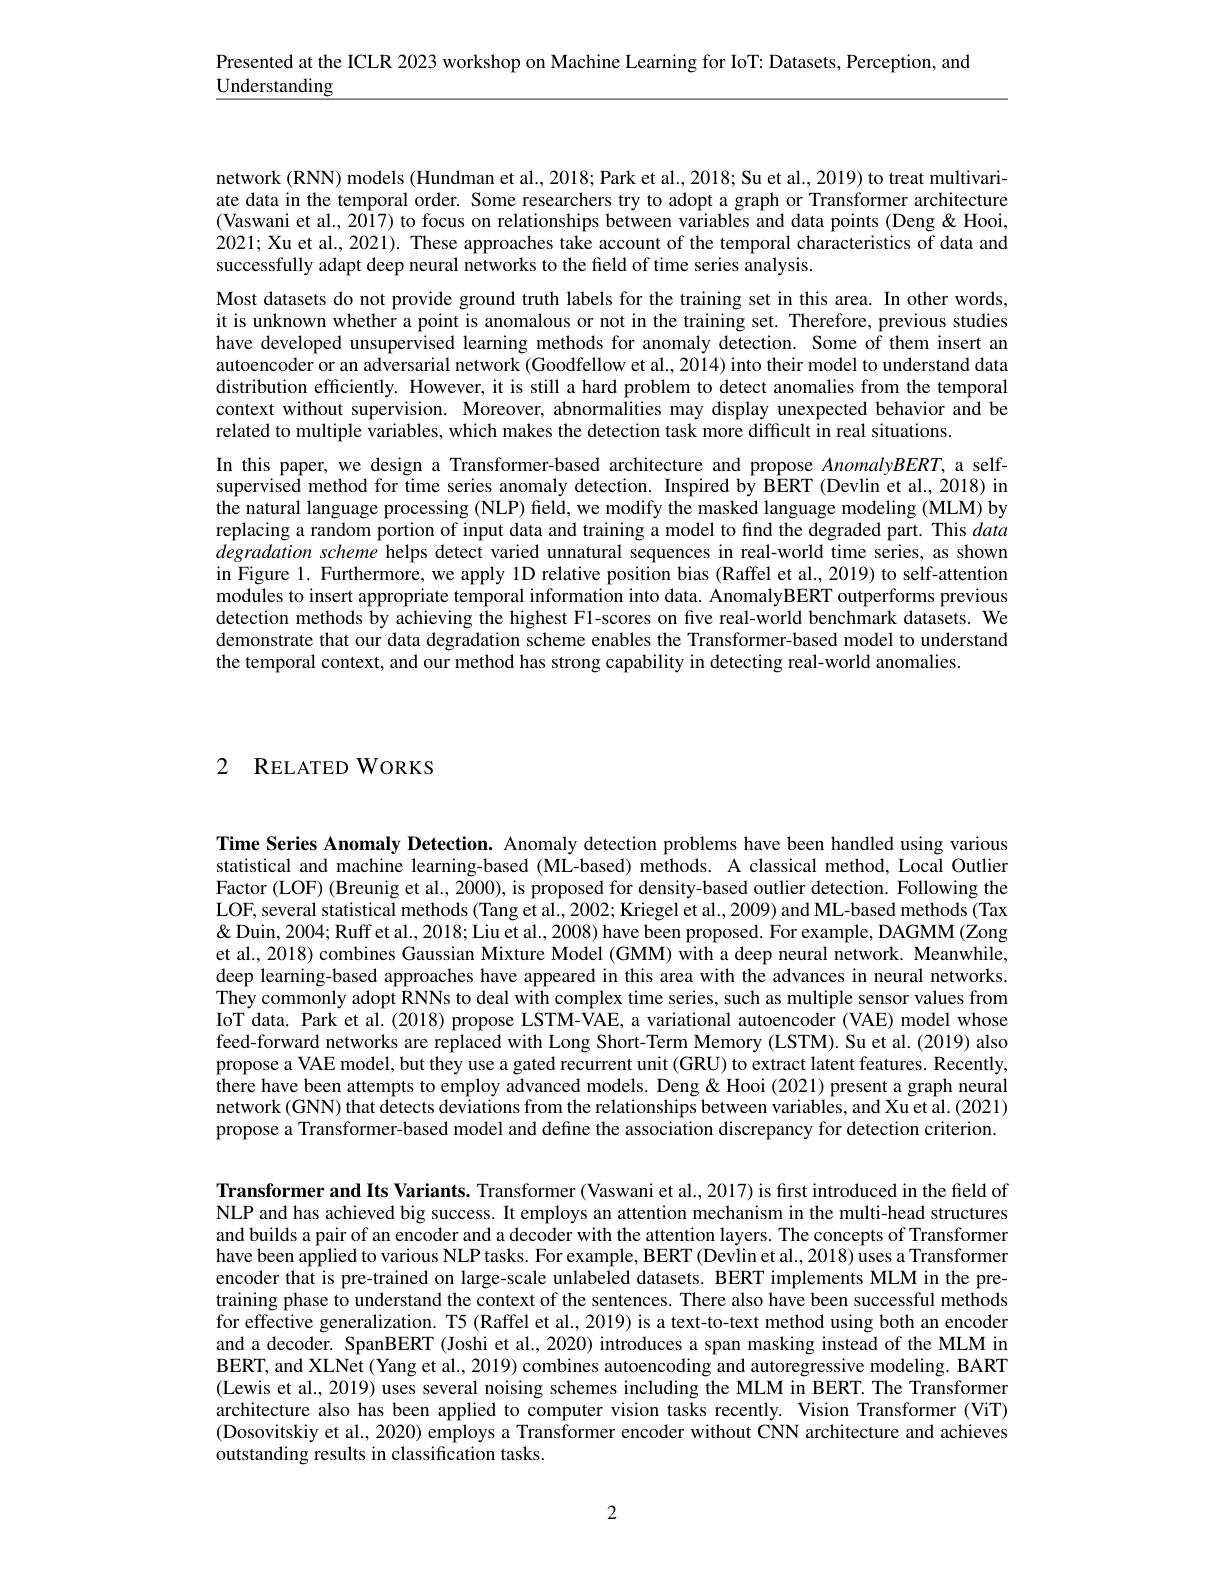
Presented at the ICLR 2023 workshop on Machine Learning for IoT: Datasets, Perception, and
$\underline{\text{Understanding}}$

network (RNN) models (Hundman et al., 2018; Park et al., 2018; Su et al., 2019) to treat multivariate data in the temporal order. Some researchers try to adopt a graph or Transformer architecture (Vaswani et al., 2017) to focus on relationships between variables and data points (Deng & Hooi, 2021; Xu et al., 2021). These approaches take account of the temporal characteristics of data and successfully adapt deep neural networks to the field of time series analysis.

Most datasets do not provide ground truth labels for the training set in this area. In other words, it is unknown whether a point is anomalous or not in the training set. Therefore, previous studies have developed unsupervised learning methods for anomaly detection. Some of them insert an autoencoder or an adversarial network (Goodfellow et al., 2014) into their model to understand data distribution efficiently. However, it is still a hard problem to detect anomalies from the temporal context without supervision. Moreover, abnormalities may display unexpected behavior and be related to multiple variables, which makes the detection task more difficult in real situations.
In this paper, we design a Transformer-based architecture and propose $AnomalyBERT$, a selfsupervised method for time series anomaly detection. Inspired by BÉRT (Devlin et al.2018) in the natural language processing (NLP) field, we modify the masked language modeling (MLM) by replacing a random portion of input data and training a model to find the degraded part. This data degradation scheme helps detect varied unnatural sequences in real-world time series, as shown in Figure 1. Furthermore, we apply 1D relative position bias (Raffel et al., 2019) to self-attention modules to insert appropriate temporal information into data. AnomalyBERT outperforms previous detection methods by achieving the highest Fl-scores on five real-world benchmark datasets. We demonstrate that our data degradation scheme enables the Transformer-based model to understand the temporal context, and our method has strong capability in detecting real-world anomalies.

2 $\mathbf{R}$ELATED WORKS

Time Series Anomaly Detection. Anomaly detection problems have been handled using various statistical and machine learning-based (ML-based) methods. A classical method, Local Outlier Factor (LOF) (Breunig et al., 2000), is proposed for density-based outlier detection. Following the LOF, several statistical methods (Tang et al., 2002; Kriegel et al., 2009) and ML-based methods (Tax & Q T example, DA P $(x)=1,200$ S Lin $(x)$ Pet al., 2018; Liu et al. 2008) have been proposed. For example, DAGMM (Zong et al., 2018) combines Gaussian Mixture Model (GMM) with a deep neural network. Meanwhile, deep learning-based approaches have appeared in this area with the advances in neural networks. They commonly adopt RNNs to deal with complex time series, such as multiple sensor values from IoT data. Park et al. (2018) propose LSTM-VAE, a variational autoencoder (VAE) model whose feed-forward networks are replaced with Long Short-Term Memory (LSTM). Su et al. (2019) also propose a VAE model, but they use a gated recurrent unit (GRU) to extract latent features. Recently, there have been attempts to employ advanced models. Deng & Hooi (2021) present a graph neural network (GNN) that detects deviations from the relationships between variables, and Xu et al. (2021) propose a Transformer-based model and define the association discrepancy for detection criterion.

Transformer and Its Variants. Transformer (Vaswani et al., 2017) is first introduced in the field of NLP and has achieved big success. It employs an attention mechanism in the multi-head structures and builds a pair of an encoder and a decoder with the attention layers. The concepts of Transformer have been applied to various NLP tasks. For example, BERT (Devlin et al., 2018) uses a Transformer encoder that is pre-trained on large-scale unlabeled datasets. BERT implements MLM in the pretraining phase to understand the context of the sentences. There also have been successful methods for effective generalization. T5 (Raffel et al., 2019) is a text-to-text method using both an encoder and a decoder. SpanBERT (Joshi et al., 2020) introduces a span masking instead of the MLM in BERT, and XLNet (Yang et al., 2019) combines autoencoding and autoregressive modeling. BART (Lewis et al., 2019) uses several noising schemes including the MLM in BERT. The Transformer architecture also has been applied to computer vision tasks recently. Vision Transformer (ViT) (Dosovitskiy et al., 2020) employs a Transformer encoder without CNN architecture and achieves outstanding results in classification tasks.

2